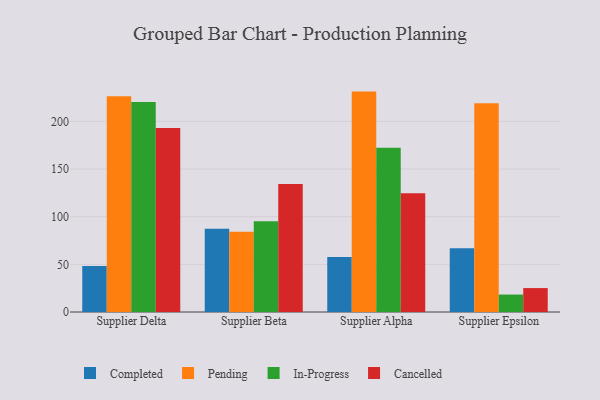
{"axis": {"x": "Supplier", "y": "Inventory Turnover"}, "legend": ["Cancelled", "Completed", "In-Progress", "Pending"], "data": [{"x": "Supplier Delta", "y": 48.3, "type": "Completed"}, {"x": "Supplier Delta", "y": 226.3, "type": "Pending"}, {"x": "Supplier Delta", "y": 220.5, "type": "In-Progress"}, {"x": "Supplier Delta", "y": 193.1, "type": "Cancelled"}, {"x": "Supplier Beta", "y": 87.4, "type": "Completed"}, {"x": "Supplier Beta", "y": 84.1, "type": "Pending"}, {"x": "Supplier Beta", "y": 95.3, "type": "In-Progress"}, {"x": "Supplier Beta", "y": 134.4, "type": "Cancelled"}, {"x": "Supplier Alpha", "y": 57.7, "type": "Completed"}, {"x": "Supplier Alpha", "y": 231.3, "type": "Pending"}, {"x": "Supplier Alpha", "y": 172.5, "type": "In-Progress"}, {"x": "Supplier Alpha", "y": 124.6, "type": "Cancelled"}, {"x": "Supplier Epsilon", "y": 66.8, "type": "Completed"}, {"x": "Supplier Epsilon", "y": 219.1, "type": "Pending"}, {"x": "Supplier Epsilon", "y": 18.3, "type": "In-Progress"}, {"x": "Supplier Epsilon", "y": 25.1, "type": "Cancelled"}]}